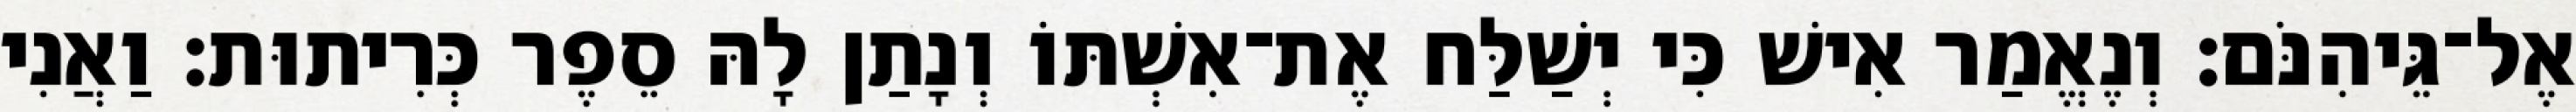
אֶל־גֵּיהִנֹּם׃ וְנֶאֱמַר אִישׁ כִּי יְשַׁלַּח אֶת־אִשְׁתּוֹ וְנָתַן לָהּ סֵפֶר כְּרִיתוּת׃ וַאֲנִי